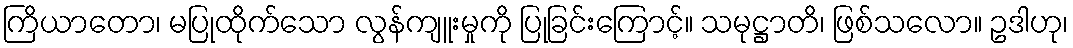
ကြိယာတော၊ မပြုထိုက်သော လွန်ကျူးမှုကို ပြုခြင်းကြောင့်။ သမုဋ္ဌာတိ၊ ဖြစ်သလော။ ဥဒါဟု၊